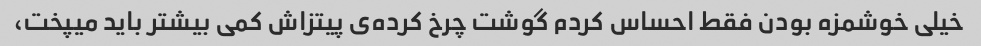
خیلی خوشمزه بودن فقط احساس کردم گوشت چرخ کرده‌ی پیتزاش کمی بیشتر باید میپخت،